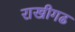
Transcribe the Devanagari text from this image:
राखीगढ